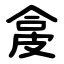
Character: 㿯